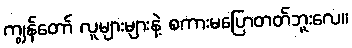
ကျွန်တော် လူများများနဲ့ စကားမပြောတတ်ဘူးလေ။